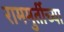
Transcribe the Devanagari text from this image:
राममुर्तीच्या